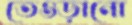
তেওড়ানো